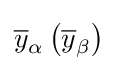
{\overline {y}}_{\alpha }\left({\overline {y}}_{\beta }\right)